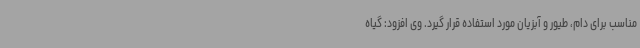
مناسب برای دام، طیور و آبزیان مورد استفاده قرار گیرد. وی افزود: گیاه